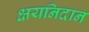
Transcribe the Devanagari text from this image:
क्षयनिदान